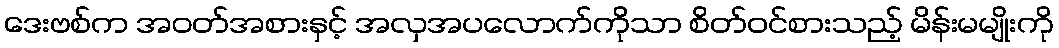
ဒေးဗစ်က အဝတ်အစားနှင့် အလှအပလောက်ကိုသာ စိတ်ဝင်စားသည့် မိန်းမမျိုးကို